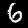
Label: 6